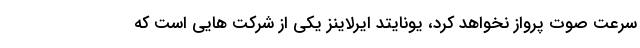
سرعت صوت پرواز نخواهد کرد، یونایتد ایرلاینز یکی از شرکت هایی است که